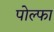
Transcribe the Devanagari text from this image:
पोल्फा